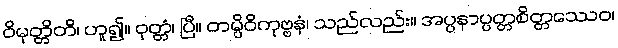
ဝိမုတ္တိတိ၊ ဟူ၍။ ဝုတ္တံ၊ ပြီ။ တမ္ပိဝိကုဗ္ဗနံ၊ သည်လည်း။ အပ္ပနာပ္ပတ္တစိတ္တဿေဝ၊